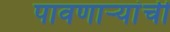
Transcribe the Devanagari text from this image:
पावणाऱ्यांची